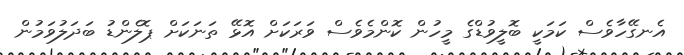
އެނގޭހާވެސް ކަމަކީ ބޮލީވުޑްގެ މީހުން ކޮންމެވެސް ވަރަކަށް އޮޅޭ ތަނަކަށް ޕޮލެންޑު ބަދަލުވަމުން